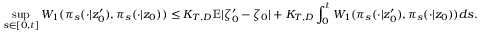
\operatorname* { s u p } _ { s \in [ 0 , t ] } W _ { 1 } ( \pi _ { s } ( \cdot | z _ { 0 } ^ { \prime } ) , \pi _ { s } ( \cdot | z _ { 0 } ) ) \leq K _ { T , D } \mathbb { E } | \zeta _ { 0 } ^ { \prime } - \zeta _ { 0 } | + K _ { T , D } \int _ { 0 } ^ { t } W _ { 1 } ( \pi _ { s } ( \cdot | z _ { 0 } ^ { \prime } ) , \pi _ { s } ( \cdot | z _ { 0 } ) ) d s .